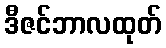
ဒီဇင်ဘာလထုတ်